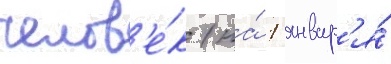
челов'е́к (на́ 1 январ'я́